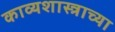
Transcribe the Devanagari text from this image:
काव्यशास्त्राच्या